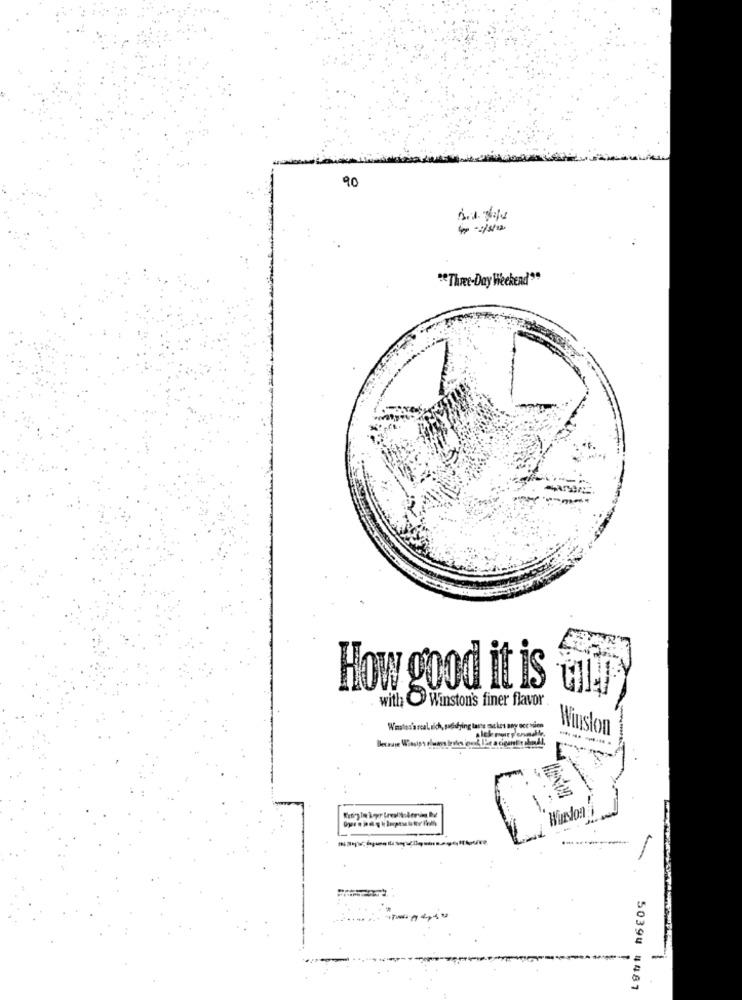
90
" Three-Day Weekend"
How good it is
with Winston's finer flavor
Wmatos's real nich, pafdying taste est kes any ecc-quien
Winston
Wordon
-
50394 4481